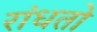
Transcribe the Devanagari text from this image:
रांधतो